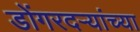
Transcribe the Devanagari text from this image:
डोंगरदऱ्यांच्या